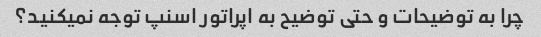
چرا به توضیحات و حتی توضیح به اپراتور اسنپ توجه نمیکنید؟